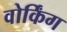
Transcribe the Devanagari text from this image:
वोर्किंग